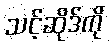
သင့်ဆိုဒ်ကို